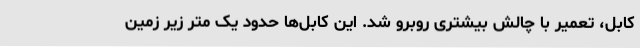
کابل، تعمیر با چالش بیشتری روبرو شد. این کابل‌ها حدود یک متر زیر زمین